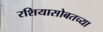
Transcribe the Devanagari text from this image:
रशियासोबतच्या